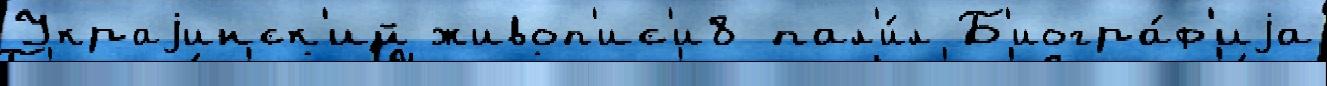
Украjинск'ий живоп'ис'и8 пал'и́л Б'иогра́ф'иjа